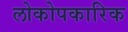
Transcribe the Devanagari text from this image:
लोकोपकारिक